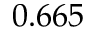
0 . 6 6 5